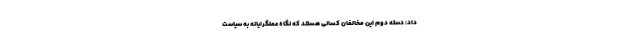
داد: دسته دوم این مخالفان کسانی هستند که نگاه عملگرایانه به سیاست